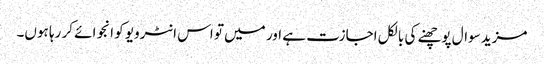
مزید سوال پوچھنے کی بالکل اجازت ہے اور میں تو اس انٹرویو کو انجوائے کر رہا ہوں۔